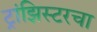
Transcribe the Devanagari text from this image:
ट्रांझिस्टरचा